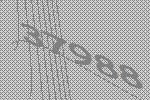
37988